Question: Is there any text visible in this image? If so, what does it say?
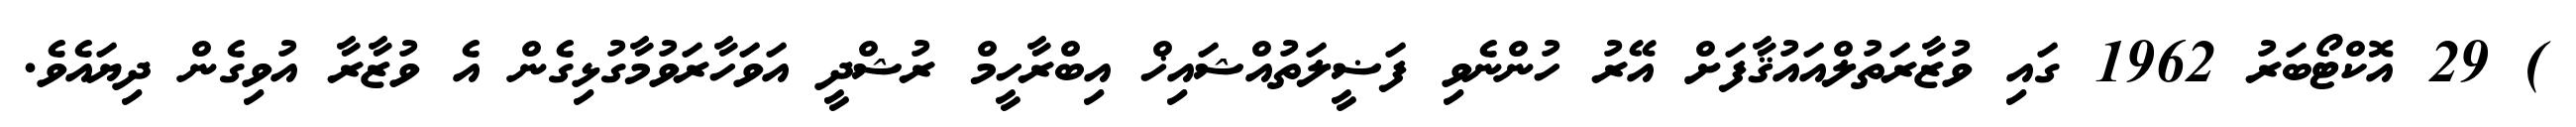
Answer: ) 29 އޮކްޓޯބަރު 1962 ގައި ވުޒާރަތުލްއައުޤާފަށް އޭރު ހުންނެވި ފަޟީލަތުއްޝައިޚް އިބްރާހީމް ރުޝްދީ އަވަހާރަވުމާގުޅިގެން އެ ވުޒާރާ އުވިގެން ދިޔައެވެ.